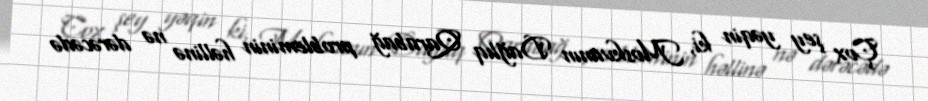
Çox şey yəqin ki, Moskvanın Dağlıq Qarabağ probleminin həllinə nə dərəcədə